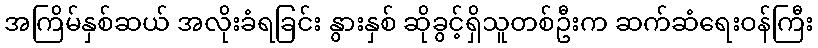
အကြိမ်နှစ်ဆယ် အလိုးခံရခြင်း နွားနှစ် ဆိုခွင့်ရှိသူတစ်ဦးက ဆက်ဆံရေးဝန်ကြီး